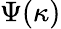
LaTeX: \Psi(\kappa)